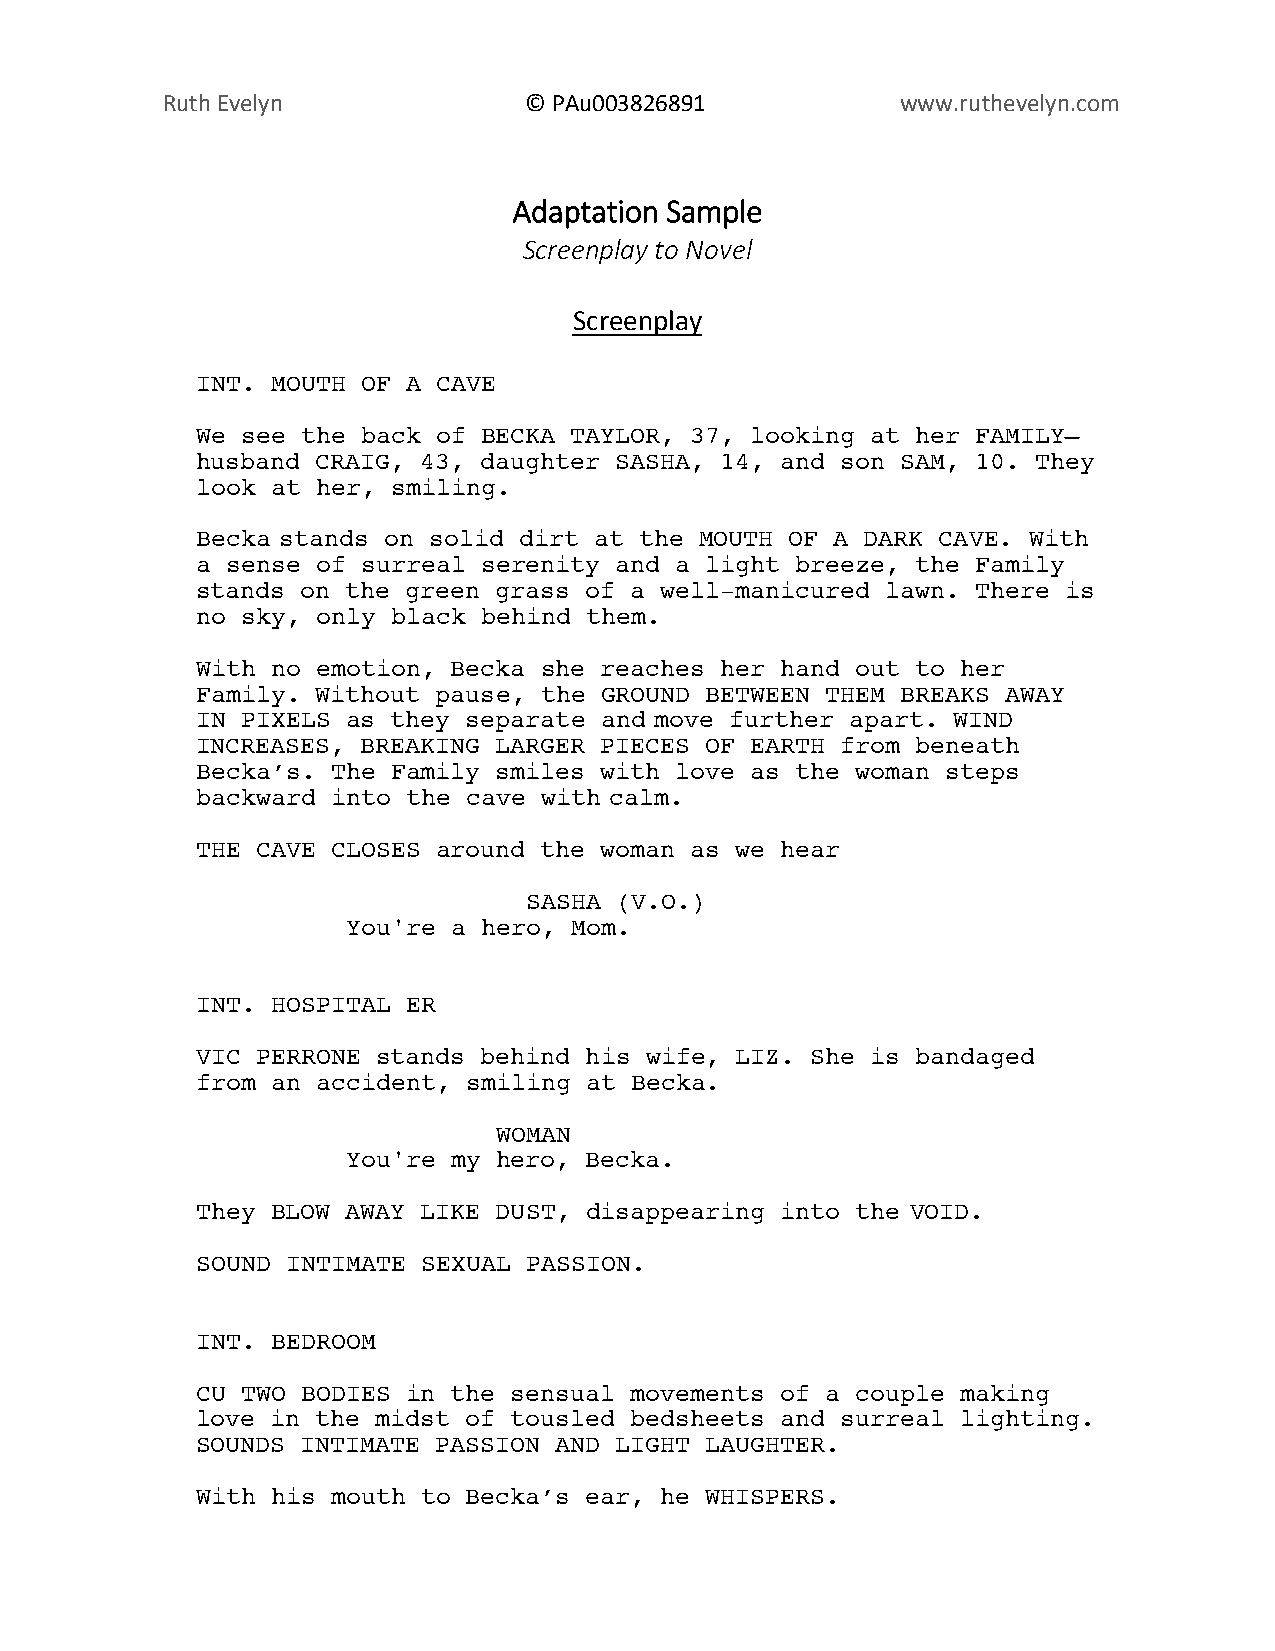
Ruth Evelyn             © PAu003826891           www.ruthevelyn.com
 Adaptation Sample
 Screenplay to Novel
 Screenplay
 INT. MOUTH OF A CAVE
 We see the back of BECKA TAYLOR, 37, looking at her FAMILY—
 husband CRAIG, 43, daughter SASHA, 14, and son SAM, 10. They
 look at her, smiling.
 Becka stands on solid dirt at the MOUTH OF A DARK CAVE. With
 a sense of surreal serenity and a light breeze, the Family
 stands on the green grass of a well-manicured lawn. There is
 no sky, only black behind them.
 With no emotion, Becka she reaches her hand out to her
 Family. Without pause, the GROUND BETWEEN THEM BREAKS AWAY
 IN PIXELS as they separate and move further apart. WIND
 INCREASES, BREAKING LARGER PIECES OF EARTH from beneath
 Becka’s. The Family smiles with love as the woman steps
 backward into the cave with calm.
 THE CAVE CLOSES around the woman as we hear
 SASHA (V.O.)
 You're a hero, Mom.
 INT. HOSPITAL ER
 VIC PERRONE stands behind his wife, LIZ. She is bandaged
 from an accident, smiling at Becka.
 WOMAN
 You're my hero, Becka.
 They BLOW AWAY LIKE DUST, disappearing into the VOID.
 SOUND INTIMATE SEXUAL PASSION.
 INT. BEDROOM
 CU TWO BODIES in the sensual movements of a couple making
 love in the midst of tousled bedsheets and surreal lighting.
 SOUNDS INTIMATE PASSION AND LIGHT LAUGHTER.
 With his mouth to Becka’s ear, he WHISPERS.